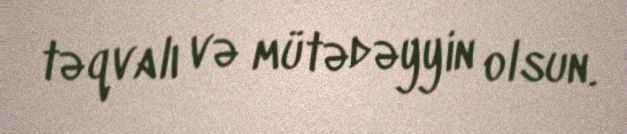
təqvalı və mütədəyyin olsun.